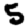
Digit: 5